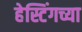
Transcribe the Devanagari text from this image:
हेस्टिंगच्या